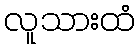
လူသားထံ